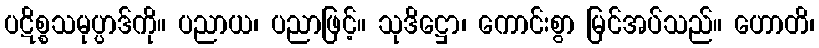
ပဋိစ္စသမုပ္ပာဒ်ကို။ ပညာယ၊ ပညာဖြင့်။ သုဒိဋ္ဌော၊ ကောင်းစွာ မြင်အပ်သည်။ ဟောတိ၊